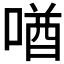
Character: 𪡧